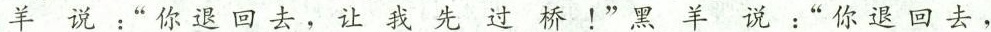
羊说：“你退回去，让我先过桥！”黑羊说：“你退回去，